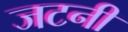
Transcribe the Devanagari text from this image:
जटनी